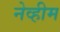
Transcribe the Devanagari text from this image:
नेव्हीम